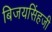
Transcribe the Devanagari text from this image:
बिजयसिंहजी